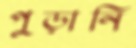
পুড়ানি